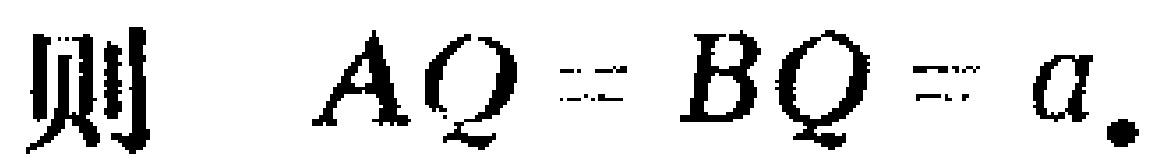
则 \(AQ = BQ = a.\)